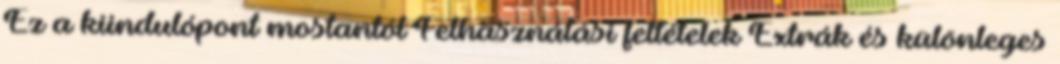
Ez a kiindulópont mostantól Felhasználási feltételek Extrák és különleges